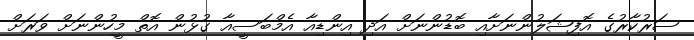
ސަރުކާރުގެ އޮފިޝަލުންނަށާއި ބޮޑުންނަށް އަދި އިންޑިއާ އެމްބަސީއާ ގުޅުން އޮތް މީހުންނަށް ވަރަށް